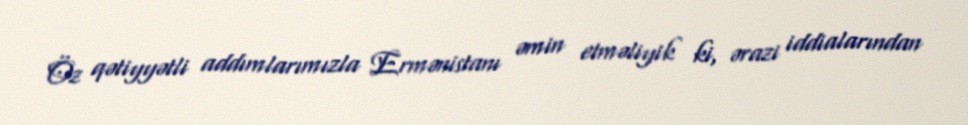
Öz qətiyyətli addımlarımızla Ermənistanı əmin etməliyik ki, ərazi iddialarından